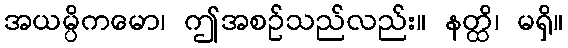
အယမ္ပိကမော၊ ဤအစဉ်သည်လည်း။ နတ္ထိ၊ မရှိ။